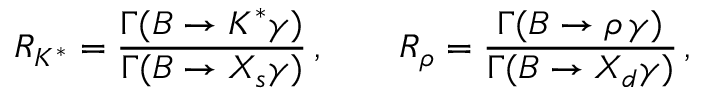
R _ { K ^ { * } } = { \frac { \Gamma ( B \to K ^ { * } \gamma ) } { \Gamma ( B \to X _ { s } \gamma ) } } \, , \qquad R _ { \rho } = { \frac { \Gamma ( B \to \rho \, \gamma ) } { \Gamma ( B \to X _ { d } \gamma ) } } \, ,